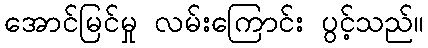
အောင်မြင်မှု လမ်းကြောင်း ပွင့်သည်။